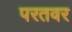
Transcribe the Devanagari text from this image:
परतवर